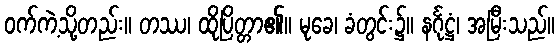
ဝက်ကဲ့သို့တည်း။ တဿ၊ ထိုပြိတ္တာ၏။ မုခေ၊ ခံတွင်း၌။ နင်္ဂုဋ္ဌံ၊ အမြီးသည်။